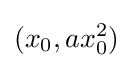
(x_{0},ax_{0}^{2})